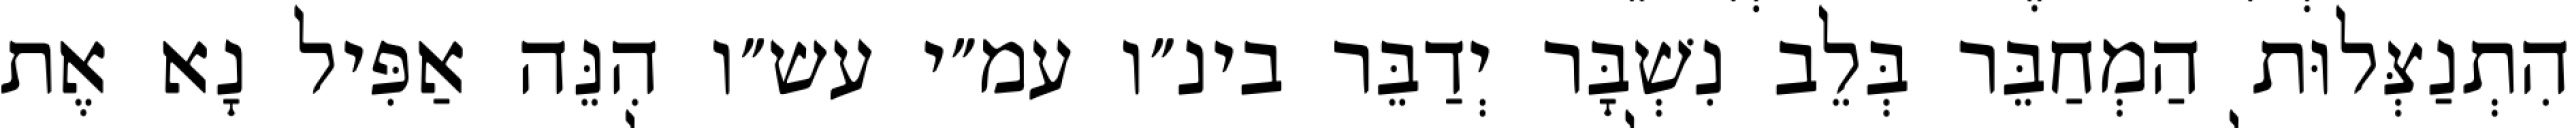
הִתְנַצְּלוּת הַמְחַבֵּר בְּלֵב נִשְׁבָּר יְדַבֵּר בינ״ו עמ״י עש״ו הִנֵּה אַפִּיל נָא אֶת